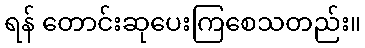
ရန် တောင်းဆုပေးကြစေသတည်း။